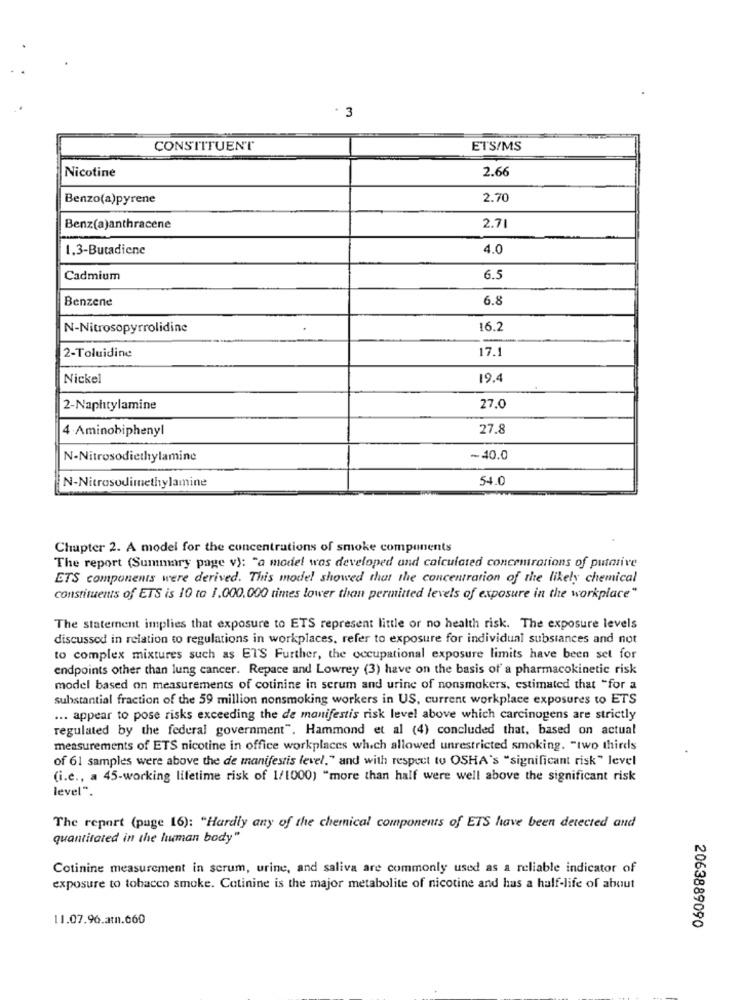
. 3
CONSTITUENT
ETS/MS
Nicotine
2.66
Benzo(a)pyrene
2.70
Benz(a)anthracene
2.71
1.3-Butadiene
4.0
Cadmium
6.5
Benzene
6.8
N-Nitrosopyrrolidine
16.2
2-Toluidine
17.1
Nickel
19.4
2-Naphtylamine
27.0
4 Aminobiphenyl
27.8
N-Nitrosodiethylamine
~40.0
N-Nitrosodimethylamine
54.0
Chapter 2. A model for the concentrations of smoke components
The report (Summary page v): "a model was developed and calculated concentrations of putative
ETS components were derived. This model showed that the concentration of the likely chemical
constituents of ETS is 10 to 1.000.000 times lower than permitted levels of exposure in the workplace"
The statement implies that exposure to ETS represent little or no health risk. The exposure levels
discussed in relation to regulations in workplaces, refer to exposure for individual substances and not
to complex mixtures such as ETS Further, the occupational exposure limits have been set for
endpoints other than lung cancer. Repace and Lowrey (3) have on the basis of a pharmacokinetic risk
model based on measurements of cotinine in serum and urine of nonsmokers, estimated that "for a
substantial fraction of the 59 million nonsmoking workers in US, current workplace exposures to ETS
... appear to pose risks exceeding the de manifestis risk level above which carcinogens are strictly
regulated by the federal government". Hammond et al (4) concluded that, based on actual
measurements of ETS nicotine in office workplaces which allowed unrestricted smoking. "two thirds
of 61 samples were above the de manifestis level." and with respect to OSHA's "significant risk" level
(i.e ., a 45-working lifetime risk of 1/1000) "more than half were well above the significant risk
level".
The report (page 16): "Hardly any of the chemical components of ETS have been detected and
quantitated in the human body"
Cotinine measurement in serum, urine, and saliva are commonly used as a reliable indicator of
exposure to tobacco smoke. Cotinine is the major metabolite of nicotine and has a half-life of about
11.07.96.at.660
2063889090